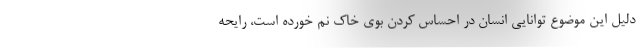
دلیل این موضوع توانایی انسان در احساس کردن بوی خاک نم خورده است، رایحه